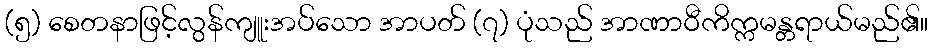
(၅) စေတနာဖြင့်လွန်ကျူးအပ်သော အာပတ် (၇) ပုံသည် အာဏာဝီကိက္ကမန္တရာယ်မည်၏။